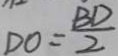
D O = \frac { B D } { 2 }